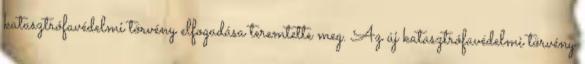
katasztrófavédelmi törvény elfogadása teremtette meg. Az új katasztrófavédelmi törvény